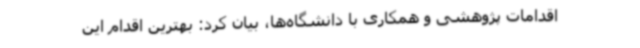
اقدامات پژوهشی و همکاری با دانشگاه‌ها، بیان کرد: بهترین اقدام این